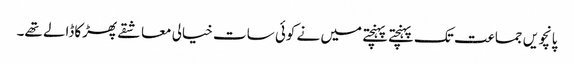
پانچویں جماعت تک پہنچتے پہنچتے میں نے کوئی سات خیالی معاشقے پھڑکاڈالے تھے۔